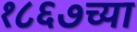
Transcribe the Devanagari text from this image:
१८६७च्या